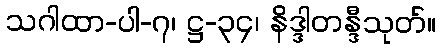
သဂါထာ-ပါ-၇၊ ဋ္ဌ-၃၄၊ နိဒ္ဒါတန္ဒီသုတ်။